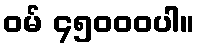
ဝမ် ၄၅၀၀၀ပါ။